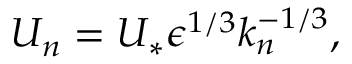
U _ { n } = U _ { * } \epsilon ^ { 1 / 3 } k _ { n } ^ { - 1 / 3 } ,